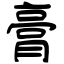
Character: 膏